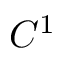
C ^ { 1 }